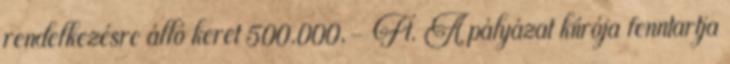
rendelkezésre álló keret 500.000,- Ft. A pályázat kiírója fenntartja